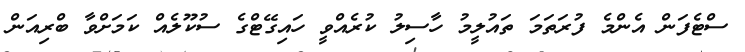
ސްޓެފަން އެންމެ ފުރަތަަމަ ތައުލީމު ހާސިލު ކުރެއްވީ ހައިގޭޓްގެ ސުކޫލެއް ކަމަށްވާ ބްރިއަން